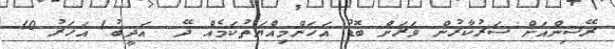
ރޭސިންއަށް ސަރުކާރުން ވަރަށް ބޮޑު އަހަންމިއްޔަތުކަމެއް ދޭ  އަދީބު1 އަހަރު 10